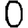
Digit: 0